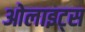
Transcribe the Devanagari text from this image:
ओलाइट्स